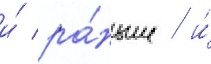
и́ ра́ньше / и́